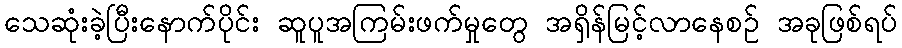
သေဆုံးခဲ့ပြီးနောက်ပိုင်း ဆူပူအကြမ်းဖက်မှုတွေ အရှိန်မြင့်လာနေစဉ် အခုဖြစ်ရပ်